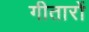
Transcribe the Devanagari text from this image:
गीतारों